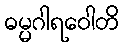
ဓမ္မဂါရဝေါတိ